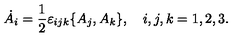
\dot { A } _ { i } = \frac { 1 } { 2 } \varepsilon _ { i j k } \{ A _ { j } , A _ { k } \} , \quad i , j , k = 1 , 2 , 3 .